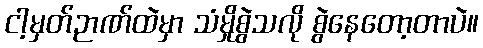
ငါ့မှတ်ဉာဏ်ထဲမှာ သံမှိုစွဲသလို စွဲနေတော့တာပဲ။